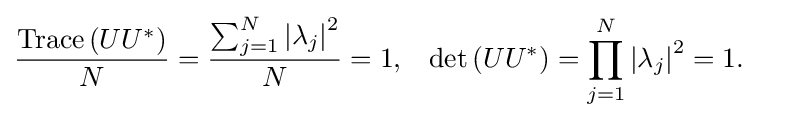
{\begin{aligned}{\frac {\operatorname {Trace} \left(UU^{*}\right)}{N}}&={\frac {\sum _{j=1}^{N}\left|\lambda _{j}\right|^{2}}{N}}=1,&\operatorname {det} \left(UU^{*}\right)&=\prod _{j=1}^{N}\left|\lambda _{j}\right|^{2}=1.\end{aligned}}